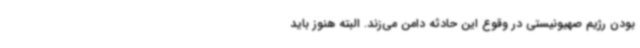
بودن رژیم صهیونیستی در وقوع این حادثه دامن می‌زند. البته هنوز باید